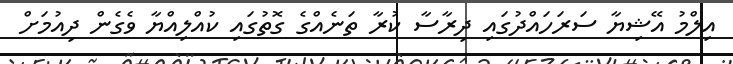
އިލްމު އޭޝިޔާ ސަރަހައްދުގައި ދިރާސާ ކުރާ ތަނެއްގެ ގޮތުގައި ކުއްލިއްޔާ ވެގެން ދިއުމަށް